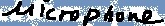
Text: microphone